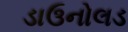
ડાઉનોલડ